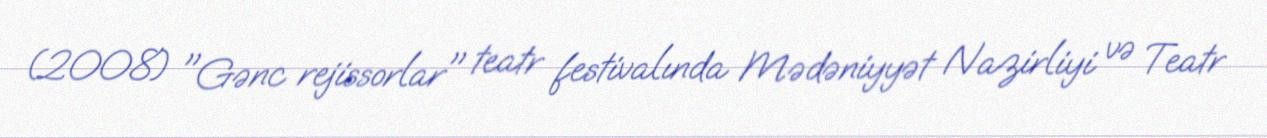
(2008) "Gənc rejissorlar" teatr festivalında Mədəniyyət Nazirliyi və Teatr